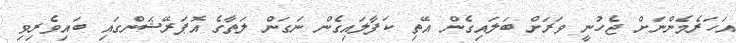
އަހަރެމެންނަށް ޖެހުނީ ވަރަށް ބަލައިގެން އޭތި ކަފާލައިގެން ނަގަން ލަތާގެ އޮޕަރޭޝަންގައި ބައިވެރިވި